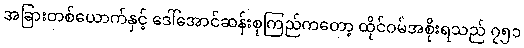
အခြားတစ်ယောက်နှင့် ဒေါ်အောင်ဆန်းစုကြည်ကတော့ ထိုင်ဝမ်အစိုးရသည် ၇၅၁